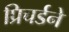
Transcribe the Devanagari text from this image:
प्रिचर्डने